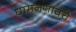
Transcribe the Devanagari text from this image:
धामनगावचे